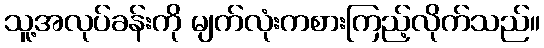
သူ့အလုပ်ခန်းကို မျက်လုံးကစားကြည့်လိုက်သည်။